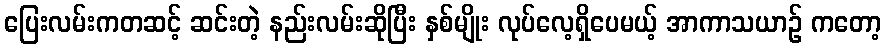
ပြေးလမ်းကတဆင့် ဆင်းတဲ့ နည်းလမ်းဆိုပြီး နှစ်မျိုး လုပ်လေ့ရှိပေမယ့် အာကာသယာဉ် ကတော့